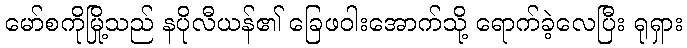
မော်စကိုမြို့သည် နပိုလီယန်၏ ခြေဖဝါးအောက်သို့ ရောက်ခဲ့လေပြီး ရုရှား